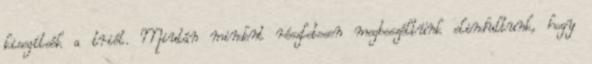
kisegítsék a triót. Miután mindent részletesen megbeszéltünk elindultunk, hogy